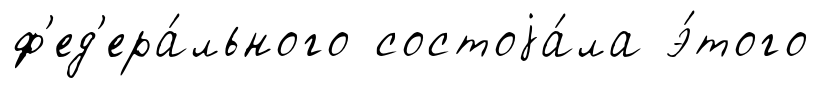
ф'ед'ера́льного состоjа́ла э́того